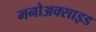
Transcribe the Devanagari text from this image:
मनोअक्‍साइड